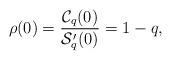
LaTeX: \begin{align*} \rho(0)=\frac{\mathcal{C}_{q}(0)}{\mathcal{S}_{q}'(0)}=1-q, \end{align*}